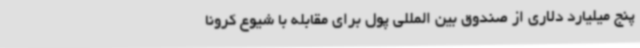
پنج میلیارد دلاری از صندوق بین المللی پول برای مقابله با شیوع کرونا